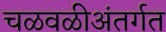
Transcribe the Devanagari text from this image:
चळवळीअंतर्गत